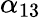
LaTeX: \alpha_{13}